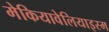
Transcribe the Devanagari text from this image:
मेकियावेलियाइस्म